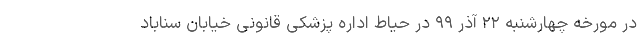
در مورخه چهارشنبه ۲۲ آذر ۹۹ در حیاط اداره پزشکی قانونی خیابان سناباد